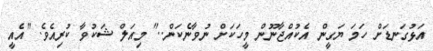
އަޅުގަނޑަށް ހަމަ ޔަގީން އެކުއްޖާނޫން މީހަކަށް ނުވާނެކަން.." މިއަލް ޝަކުވާ ކުރިއެވެ. "އެއީ